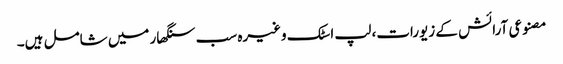
مصنوعی آرائش کے زیورات، لپ اسٹک وغیرہ سب سنگھار میں شامل ہیں۔